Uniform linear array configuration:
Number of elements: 32
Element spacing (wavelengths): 0.5
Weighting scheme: hann
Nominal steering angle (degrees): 60
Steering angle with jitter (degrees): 61.394
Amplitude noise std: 0.05
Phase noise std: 0.05

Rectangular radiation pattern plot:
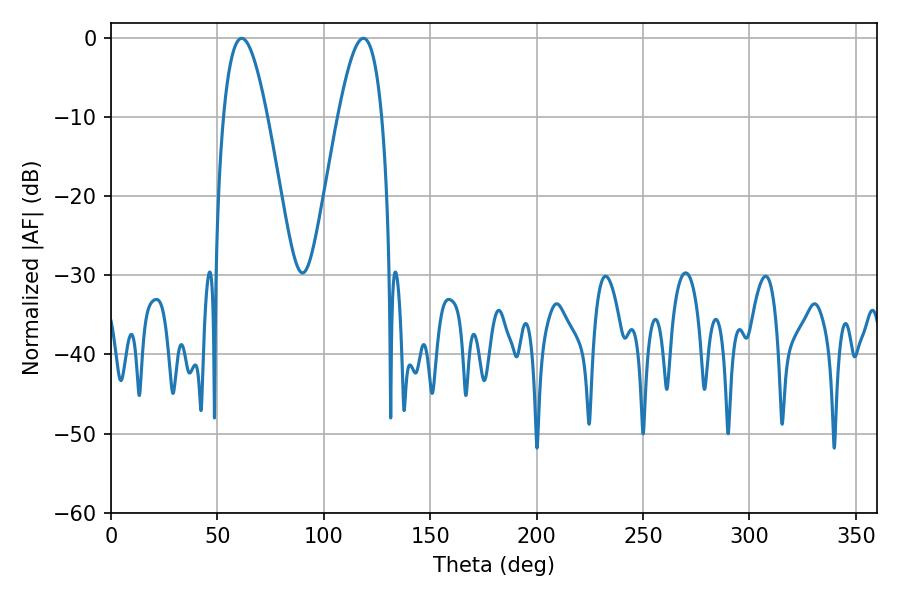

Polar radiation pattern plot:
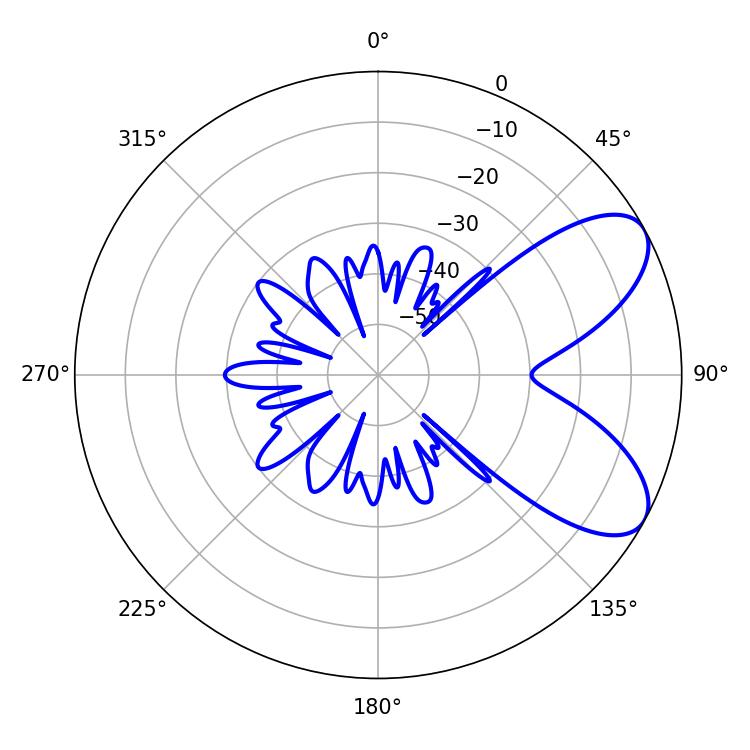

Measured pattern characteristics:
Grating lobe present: FALSE
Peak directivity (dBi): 7.276
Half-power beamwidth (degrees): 11.16
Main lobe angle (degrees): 61.38